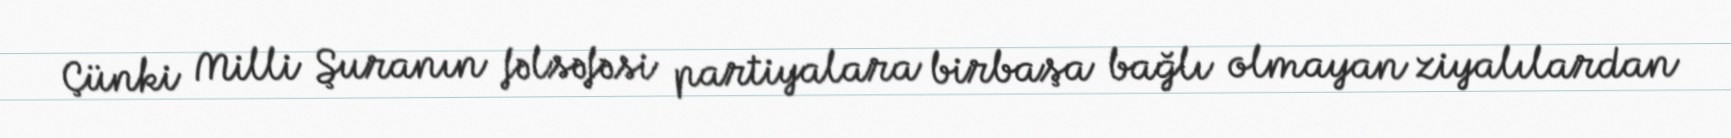
Çünki Milli Şuranın fəlsəfəsi partiyalara birbaşa bağlı olmayan ziyalılardan